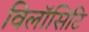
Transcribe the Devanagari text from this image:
विलॉसिटि